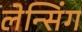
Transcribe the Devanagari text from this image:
लेन्सिंग